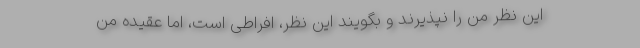
این نظر من را نپذیرند و بگویند این نظر، افراطی است، امّا عقیده من